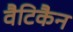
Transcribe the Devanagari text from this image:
वैटिकैन